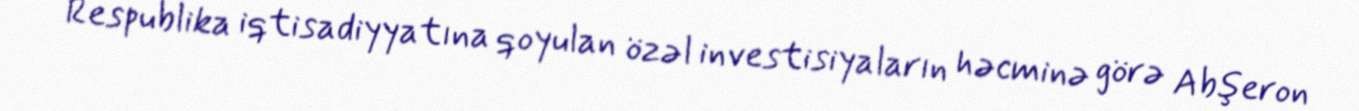
Respublika iqtisadiyyatına qoyulan özəl investisiyaların həcminə görə Abşeron